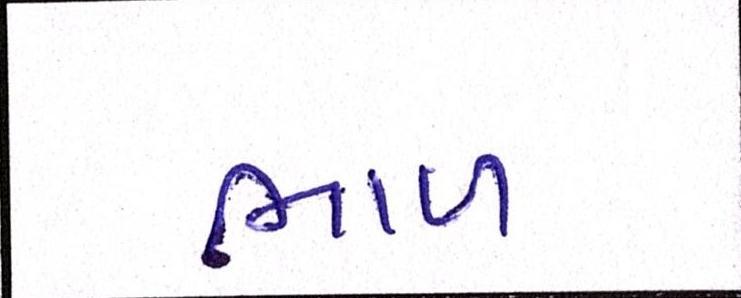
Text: ભાળ